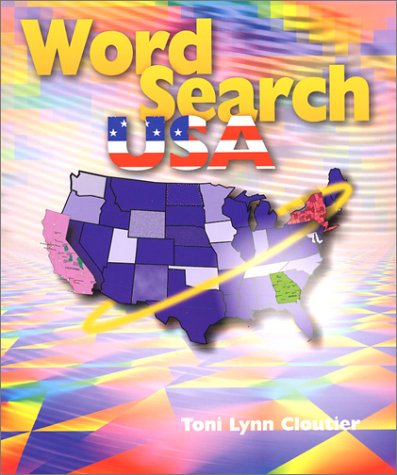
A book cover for Word Search USA; Toni Lynn Cloutier; Teen & Young Adult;